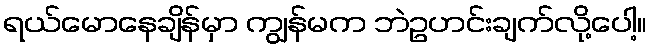
ရယ်မောနေချိန်မှာ ကျွန်မက ဘဲဥဟင်းချက်လို့ပေါ့။